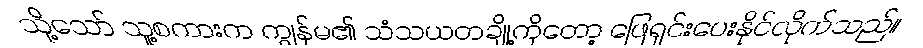
သို့သော် သူ့စကားက ကျွန်မ၏ သံသယတချို့ကိုတော့ ဖြေရှင်းပေးနိုင်လိုက်သည်။